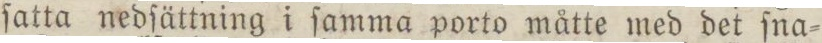
ſatta nedſättning i ſamma porto måtte med det ſna=